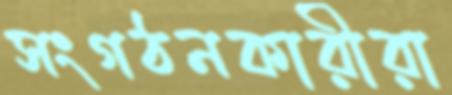
সংগঠনকারীরা